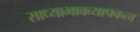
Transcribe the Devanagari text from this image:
साध्याभावव्यापकत्व